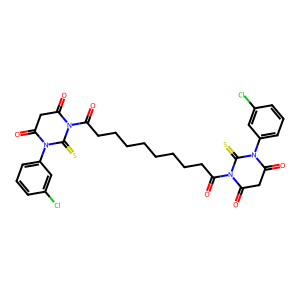
SMILES: O=C(CCCCCCCCC(=O)N1C(=O)CC(=O)N(c2cccc(Cl)c2)C1=S)N1C(=O)CC(=O)N(c2cccc(Cl)c2)C1=S
Inhibits HIV replication: No